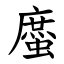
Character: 䗪